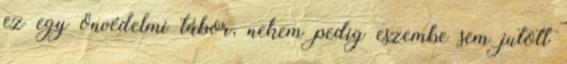
ez egy önvédelmi tábor, nekem pedig eszembe sem jutott